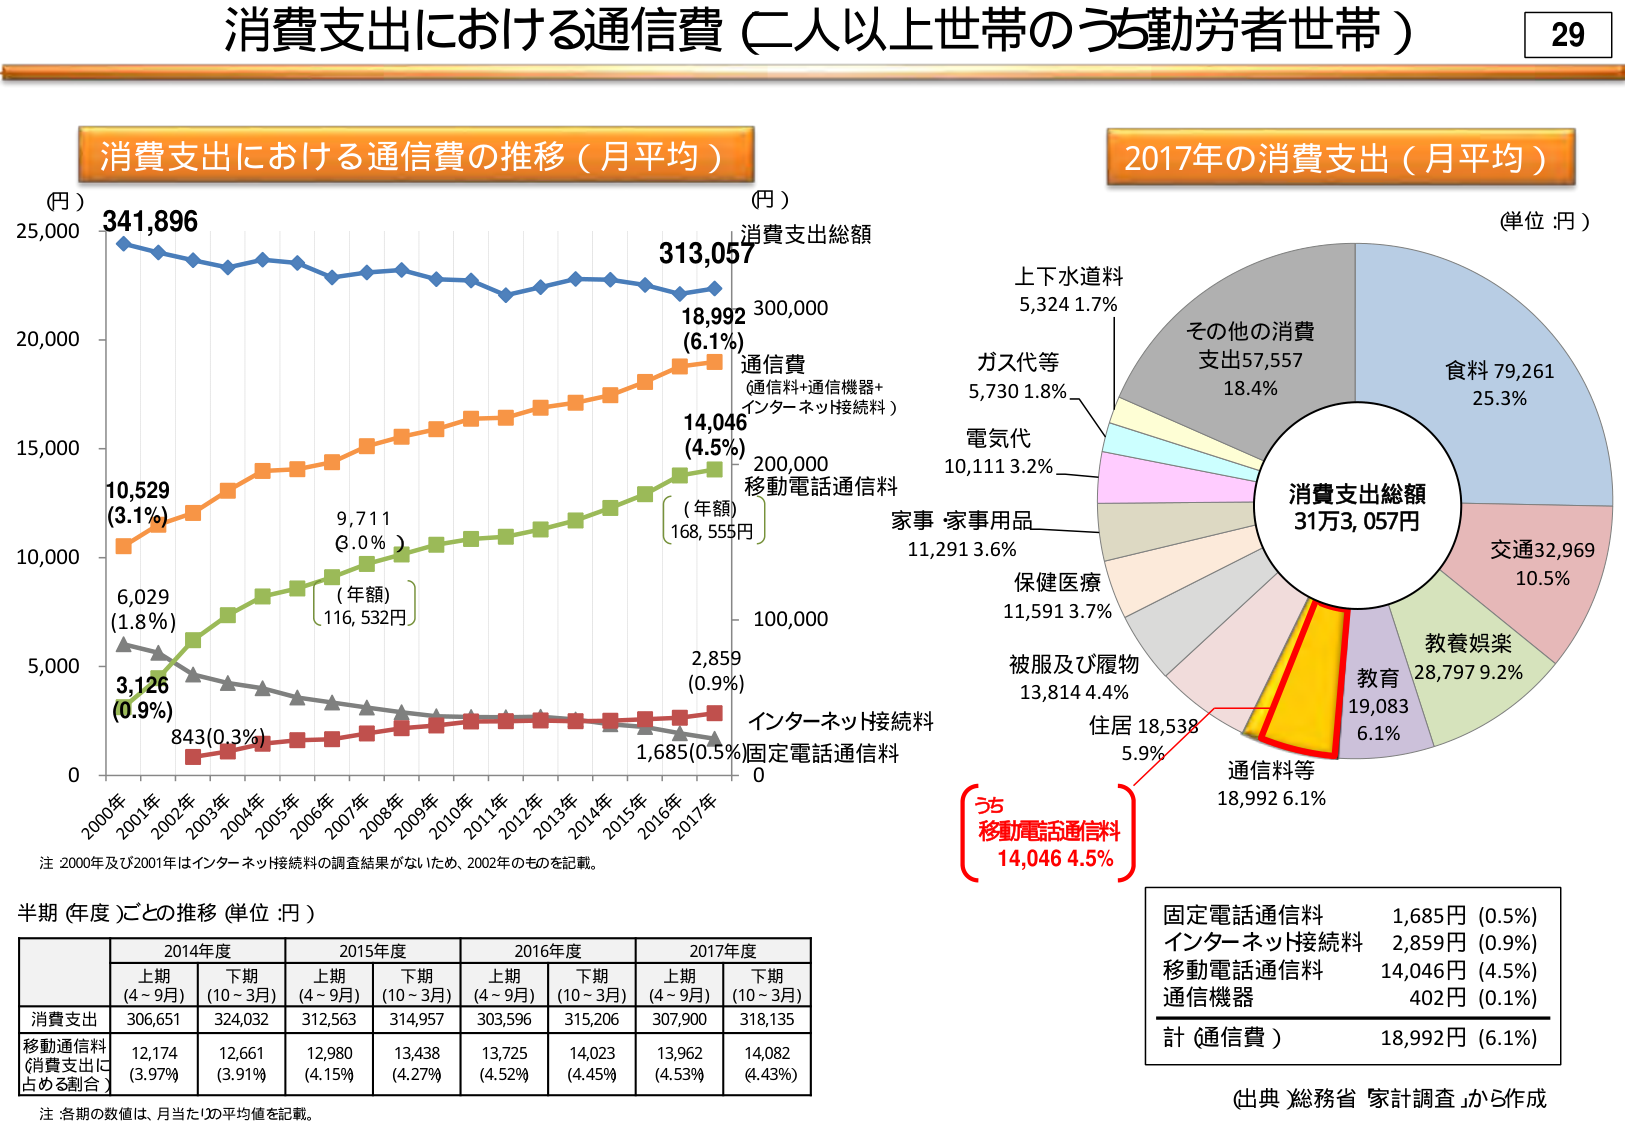
消費支出における通信費（二人以上世帯のうち勤労者世帯）
29

消費支出における通信費の推移（月平均）
(円)
341,896
25,000
20,000
15,000
10,000
5,000
0
2000年
2001年
2002年
2003年
2004年
2005年
2006年
2007年
2008年
2009年
2010年
2011年
2012年
2013年
2014年
2015年
2016年
2017年
10,529
(3.1%)
6,029
(1.8%)
3,126
(0.9%)
843(0.3%)
9,711
(3.0%)
(年額)
116,532円
2,859
(0.9%)
1,685(0.5%)
313,057
18,992
(6.1%)
14,046
(4.5%)
(年額)
168,555円
消費支出総額
通信費
(通信料+通信機器+
インターネット接続料)
移動電話通信料
インターネット接続料
固定電話通信料
(円)
300,000
200,000
100,000
0
注 2000年及び2001年はインターネット接続料の調査結果がないため、2002年のものを記載。

半期（年度）ごとの推移（単位：円）
2014年度
2015年度
2016年度
2017年度
上期
(4～9月)
下期
(10～3月)
上期
(4～9月)
下期
(10～3月)
上期
(4～9月)
下期
(10～3月)
上期
(4～9月)
下期
(10～3月)
消費支出
306,651
324,032
312,563
314,957
303,596
315,206
307,900
318,135
移動通信料
(消費支出に
占める割合)
12,174
(3.97%)
12,661
(3.91%)
12,980
(4.15%)
13,438
(4.27%)
13,725
(4.52%)
14,023
(4.45%)
13,962
(4.53%)
14,082
(4.43%)
注：各期の数値は、月当たりの平均値を記載。

2017年の消費支出（月平均）
(単位：円)
消費支出総額
31万3,057円
食料 79,261
25.3%
交通32,969
10.5%
教養娯楽
28,797 9.2%
教育
19,083
6.1%
通信料等
18,992 6.1%
住居 18,538
5.9%
被服及び履物
13,814 4.4%
保健医療
11,591 3.7%
家事 家事用品
11,291 3.6%
電気代
10,111 3.2%
ガス代等
5,730 1.8%
上下水道料
5,324 1.7%
その他の消費
支出57,557
18.4%
うち
移動電話通信料
14,046 4.5%

固定電話通信料 1,685円 (0.5%)
インターネット接続料 2,859円 (0.9%)
移動電話通信料 14,046円 (4.5%)
通信機器 402円 (0.1%)
計（通信費） 18,992円 (6.1%)

(出典) 総務省「家計調査」から作成